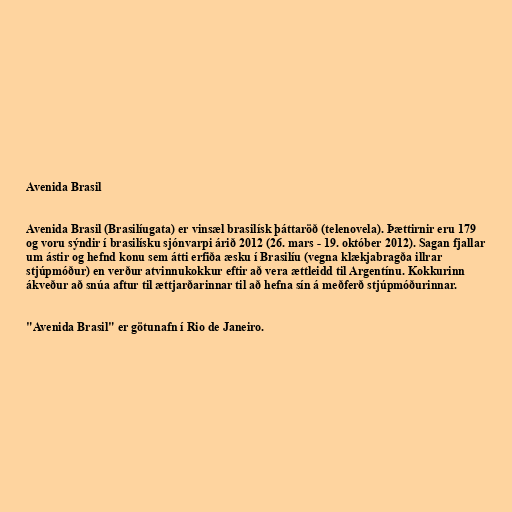
Avenida Brasil

Avenida Brasil (Brasilíugata) er vinsæl brasilísk þáttaröð (telenovela). Þættirnir eru 179
og voru sýndir í brasilísku sjónvarpi árið 2012 (26. mars - 19. október 2012). Sagan fjallar
um ástir og hefnd konu sem átti erfiða æsku í Brasilíu (vegna klækjabragða illrar
stjúpmóður) en verður atvinnukokkur eftir að vera ættleidd til Argentínu. Kokkurinn
ákveður að snúa aftur til ættjarðarinnar til að hefna sín á meðferð stjúpmóðurinnar.

"Avenida Brasil" er götunafn í Rio de Janeiro.